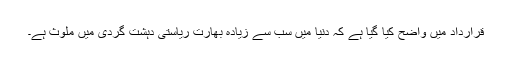
قرارداد میں واضح کیا گیا ہے کہ دنیا میں سب سے زیادہ بھارت ریاستی دہشت گردی میں ملوث ہے۔